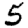
Digit: 5